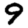
Digit: 9